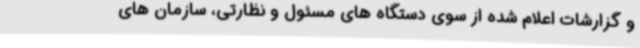
و گزارشات اعلام شده از سوی دستگاه های مسئول و نظارتی، سازمان های